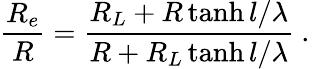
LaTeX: \frac{R_{e}}{R}=\frac{R_{L}+R\operatorname{tanh}l/\lambda}{R+R_{L}\operatorname{tanh}l/\lambda}\mathrm{~.~}